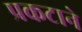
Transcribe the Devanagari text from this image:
प्रकटाने